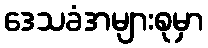
ဒေသခံအများစုမှာ